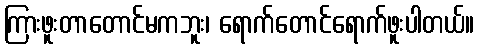
ကြားဖူးတာတောင်မကဘူး၊ ရောက်တောင်ရောက်ဖူးပါတယ်။